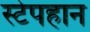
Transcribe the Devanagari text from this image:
स्टेपहान